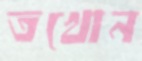
তখোন